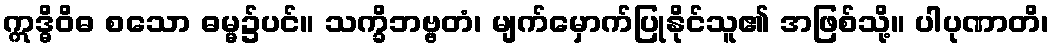
ဣဒ္ဓိဝိဓ စသော ဓမ္မ၌ပင်။ သက္ခိဘဗ္ဗတံ၊ မျက်မှောက်ပြုနိုင်သူ၏ အဖြစ်သို့။ ပါပုဏာတိ၊